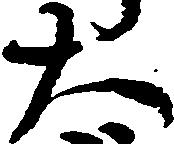
大